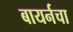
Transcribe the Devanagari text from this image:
बायर्नचा